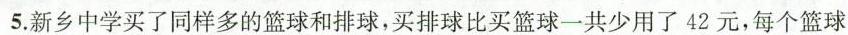
5.新乡中学买了同样多的篮球和排球，买排球比买篮球一共少用了42元，每个篮球